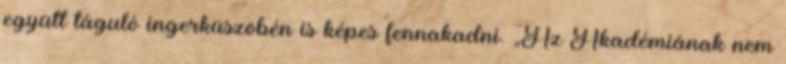
együtt táguló ingerküszöbén is képes fennakadni. „Az Akadémiának nem